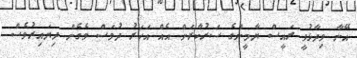
އޭނާ ވިދާޅުވީ ރައީސް ޔާމީންގެ ސަރުކާރަށް އެއް އަހަރު ދުވަސް ވެގެން ދިޔައިރުވެސް